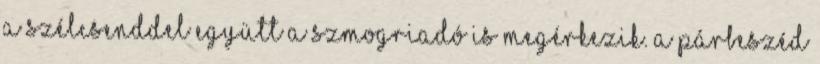
a szélcsenddel együtt a szmogriadó is megérkezik. A Párbeszéd